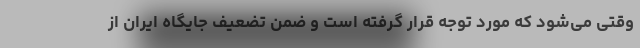
وقتی می‌شود که مورد توجه قرار گرفته است و ضمن تضعیف جایگاه ایران از